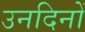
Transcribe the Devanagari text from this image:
उनदिनों